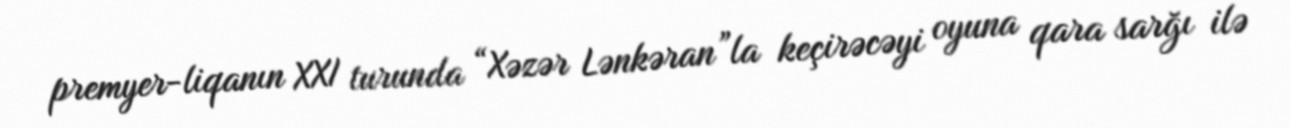
premyer-liqanın XXI turunda “Xəzər Lənkəran”la keçirəcəyi oyuna qara sarğı ilə